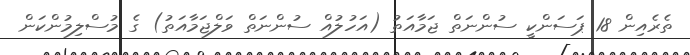
ތެރެއިން 18 ޕަސަންކީ ސުންނަތް ޖަމާއަތު (އަހުލުއް ސުންނަތް ވަލްޖަމާއަތު) ގެ މުސްލިމުންކަން